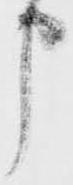
申